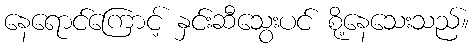
နေရောင်ကြောင့် နှင်းဆီသွေးပင် စို့နေသေးသည်။